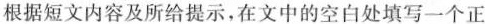
根据短文内容及所给提示,在文中的空白处填写一个正